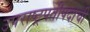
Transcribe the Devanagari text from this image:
उपराष्ट्रपतीपदाची